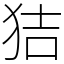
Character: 狤